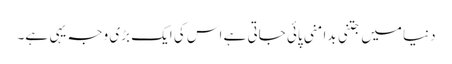
دنیا میں جتنی بدامنی پائی جاتی ہے اس کی ایک بڑی وجہ یہی ہے۔